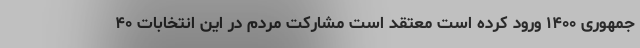
جمهوری ۱۴۰۰ ورود کرده است معتقد است مشارکت مردم در این انتخابات ۴۰